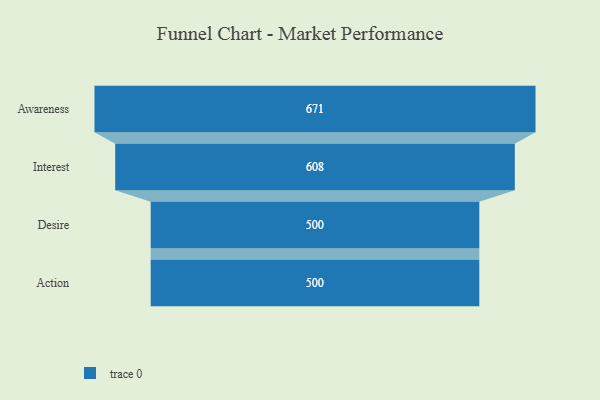
{"axis": {"x": "Stage", "y": "Value"}, "legend": [""], "data": [{"x": "Awareness", "y": 671.0, "type": ""}, {"x": "Interest", "y": 608.0, "type": ""}, {"x": "Desire", "y": 500, "type": ""}, {"x": "Action", "y": 500, "type": ""}]}